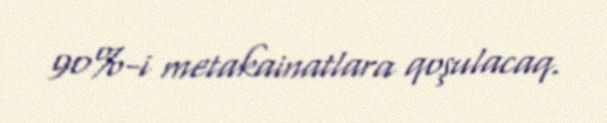
90%-i metakainatlara qoşulacaq.